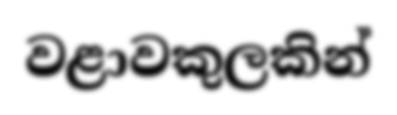
වළාවකුලකින්